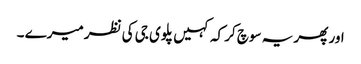
اور پھر یہ سوچ کر کہ کہیں پلوی جی کی نظر میرے ۔